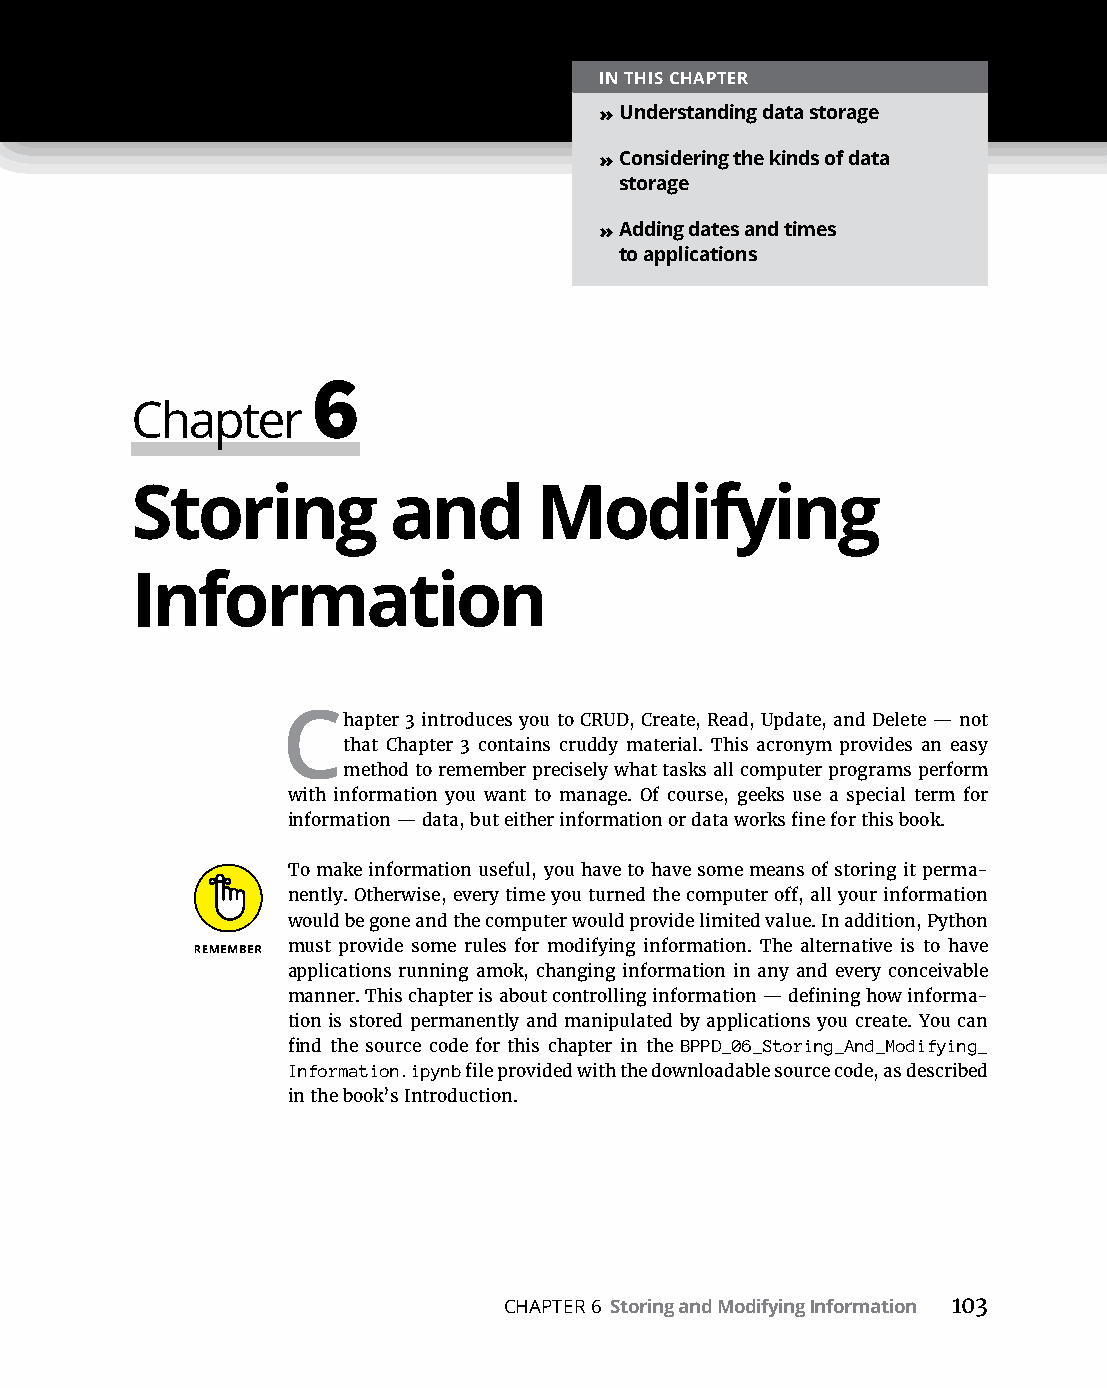
IN THIS CHAPTER
 » Understanding data storage
 » Considering the kinds of data
 storage
 » Adding dates and times
 to applications
 6
 Chapter
 Storing          and      Modifying
 Information
 Chapter 3 introduces you to CRUD, Create, Read, Update, and Delete — not
 that Chapter 3 contains cruddy material. This acronym provides an easy
 method to remember precisely what tasks all computer programs perform
 with information you want to manage. Of course, geeks use a special term for
 information — data, but either information or data works fine for this book.
 To make information useful, you have to have some means of storing it perma-
 nently. Otherwise, every time you turned the computer off, all your information
 would be gone and the computer would provide limited value. In addition, Python
 must provide some rules for modifying information. The alternative is to have
 applications running amok, changing information in any and every conceivable
 manner. This chapter is about controlling information — defining how informa-
 tion is stored permanently and manipulated by applications you create. You can
 find the source code for this chapter in the BPPD_06_Storing_And_Modifying_
 Information.ipynb file provided with the downloadable source code, as described
 in the book’s Introduction.
 CHAPTER 6 Storing and Modifying Information 103